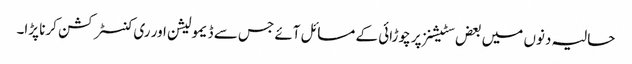
حالیہ دنوں میں بعض سٹیشنز پر چوڑائی کے مسائل آئے جس سے ڈیمولیشن اور ری کنسٹرکشن کرنا پڑا۔